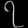
Digit: ၇